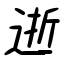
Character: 逝